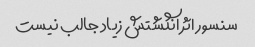
سنسور اثر انگشتش زیاد جالب نیست